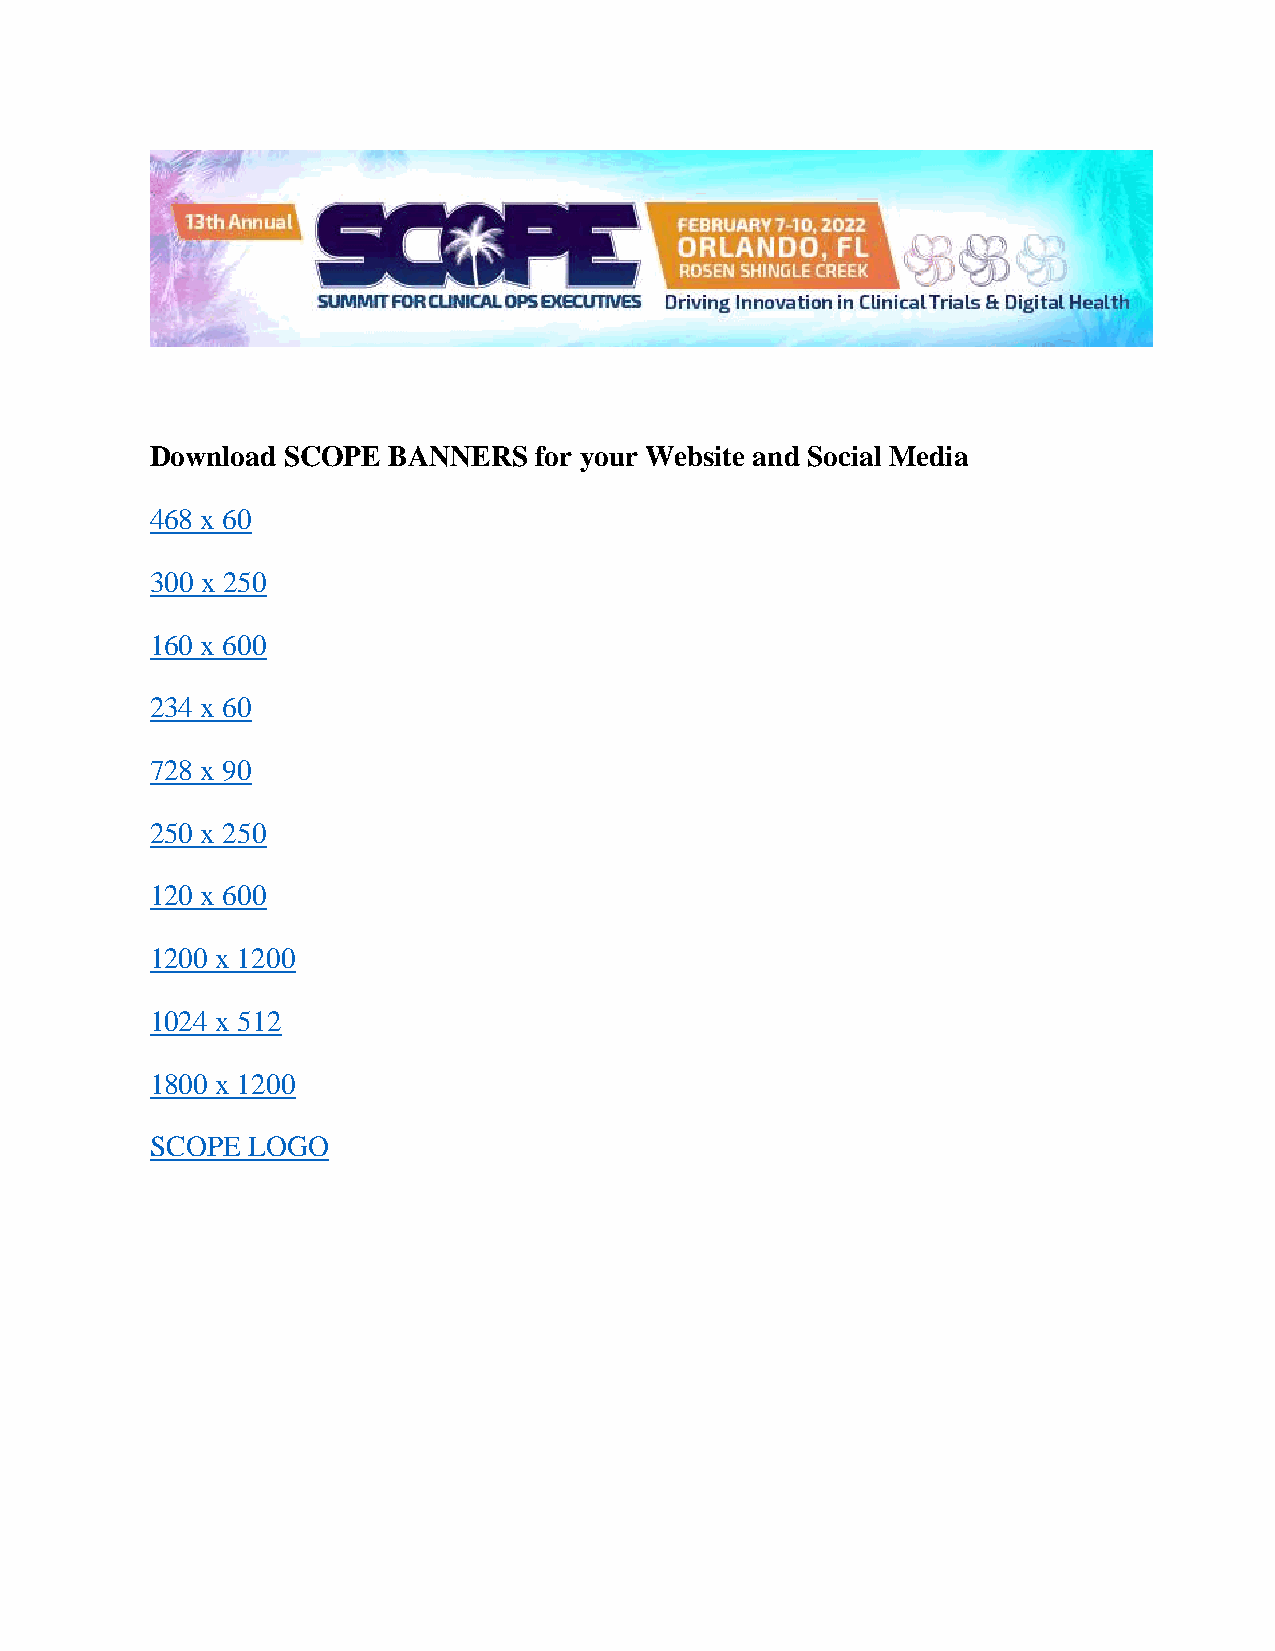
Download SCOPE  BANNERS  for your Website and Social Media
 468 x 60
 300 x 250
 160 x 600
 234 x 60
 728 x 90
 250 x 250
 120 x 600
 1200 x 1200
 1024 x 512
 1800 x 1200
 SCOPE LOGO